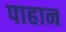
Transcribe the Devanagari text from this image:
पाहान